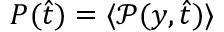
P ( \hat { t } ) = \langle \mathcal { P } ( y , \hat { t } ) \rangle